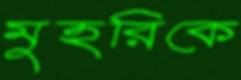
মুহরিকে